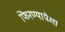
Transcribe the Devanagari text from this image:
फिरण्यापेक्षा